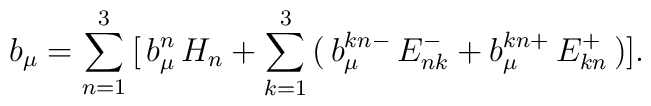
b_\mu=\sum_{n =1}^3\,\bigl[\,b_\mu^n\,H_n+\sum_{k=1}^3\,(\,b_\mu^{kn-}\,E^-_{nk}+b_\mu^{kn+}\,E^+_{kn}\,)\bigr].